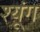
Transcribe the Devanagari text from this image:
श्यूंग